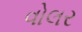
વોલર